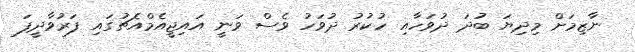
ނާޒިމަށް މިދިޔަ ބުދަ ދުވަހާއި ހުކުރު ދުވަހު ވެސް ވަނީ އައިޖީއެމްއެޗުގައި ފަރުވާދީފަ